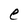
Character: e